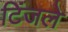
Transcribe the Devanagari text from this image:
टिंजले